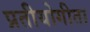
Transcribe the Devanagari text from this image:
प्रतीयोगीता